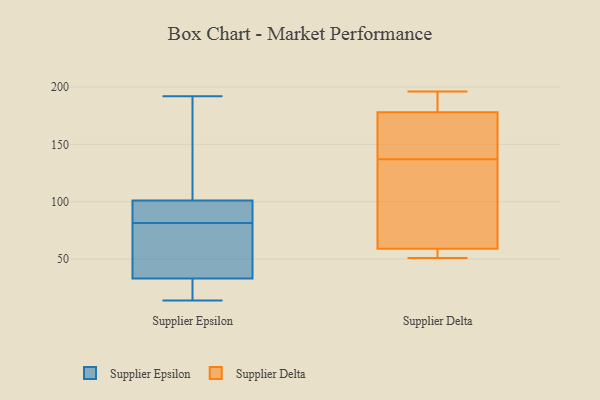
{"axis": {"x": "Bounce Rate (%)", "y": "Value"}, "legend": ["Supplier Delta", "Supplier Epsilon"], "data": [{"x": "", "y": 39, "type": "Supplier Epsilon"}, {"x": "", "y": 192, "type": "Supplier Epsilon"}, {"x": "", "y": 95, "type": "Supplier Epsilon"}, {"x": "", "y": 20, "type": "Supplier Epsilon"}, {"x": "", "y": 130, "type": "Supplier Epsilon"}, {"x": "", "y": 14, "type": "Supplier Epsilon"}, {"x": "", "y": 104, "type": "Supplier Epsilon"}, {"x": "", "y": 76, "type": "Supplier Epsilon"}, {"x": "", "y": 54, "type": "Supplier Epsilon"}, {"x": "", "y": 27, "type": "Supplier Epsilon"}, {"x": "", "y": 87, "type": "Supplier Epsilon"}, {"x": "", "y": 98, "type": "Supplier Epsilon"}, {"x": "", "y": 54, "type": "Supplier Delta"}, {"x": "", "y": 65, "type": "Supplier Delta"}, {"x": "", "y": 196, "type": "Supplier Delta"}, {"x": "", "y": 106, "type": "Supplier Delta"}, {"x": "", "y": 194, "type": "Supplier Delta"}, {"x": "", "y": 146, "type": "Supplier Delta"}, {"x": "", "y": 51, "type": "Supplier Delta"}, {"x": "", "y": 167, "type": "Supplier Delta"}, {"x": "", "y": 128, "type": "Supplier Delta"}, {"x": "", "y": 153, "type": "Supplier Delta"}, {"x": "", "y": 192, "type": "Supplier Delta"}, {"x": "", "y": 59, "type": "Supplier Delta"}, {"x": "", "y": 55, "type": "Supplier Delta"}, {"x": "", "y": 178, "type": "Supplier Delta"}]}